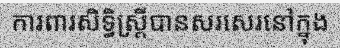
ការពារសិទ្ធិស្ត្រីបានសរសេរនៅក្នុង